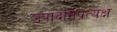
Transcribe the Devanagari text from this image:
उपादानप्रत्यक्ष